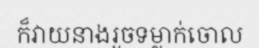
ក៏វាយនាងរួចទម្លាក់ចោល